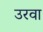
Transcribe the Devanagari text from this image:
उरवा